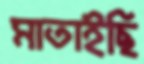
মাতাইছি